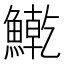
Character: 𫙱